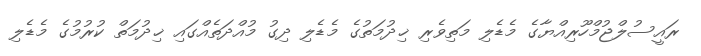
ރައީސުލްޖުމްހޫރިއްޔާގެ މެޑެލި މަތިވެރި ޚިދުމަތުގެ މެޑެލި ދިގު މުއްދަތެއްގައި ޚިދުމަތް ކުރުމުގެ މެޑެލި